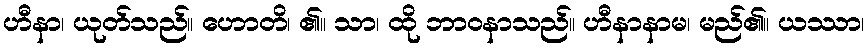
ဟီနာ၊ ယုတ်သည်။ ဟောတိ၊ ၏။ သာ၊ ထို ဘာဝနာသည်။ ဟီနာနာမ၊ မည်၏။ ယဿာ၊